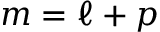
m = \ell + p